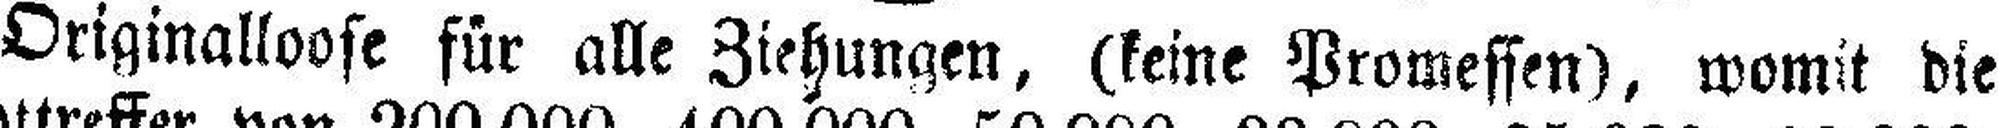
Originalloose für alle Ziehungen, (keine Promessen), womit die